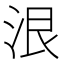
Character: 泿